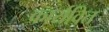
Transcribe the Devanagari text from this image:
कार्यवित